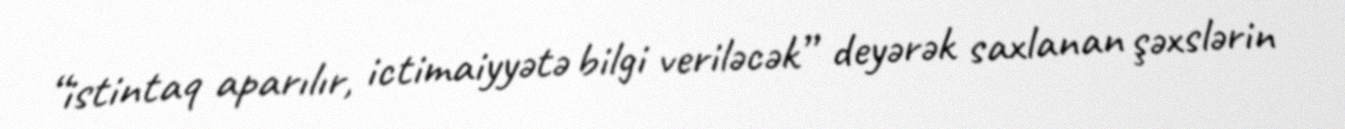
“istintaq aparılır, ictimaiyyətə bilgi veriləcək” deyərək saxlanan şəxslərin